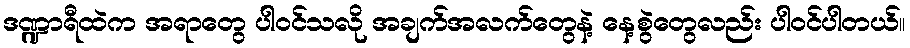
ဒဏ္ဍာရီထဲက အရာတွေ ပါဝင်သလို အချက်အလက်တွေနဲ့ နေ့စွဲတွေလည်း ပါဝင်ပါတယ်။